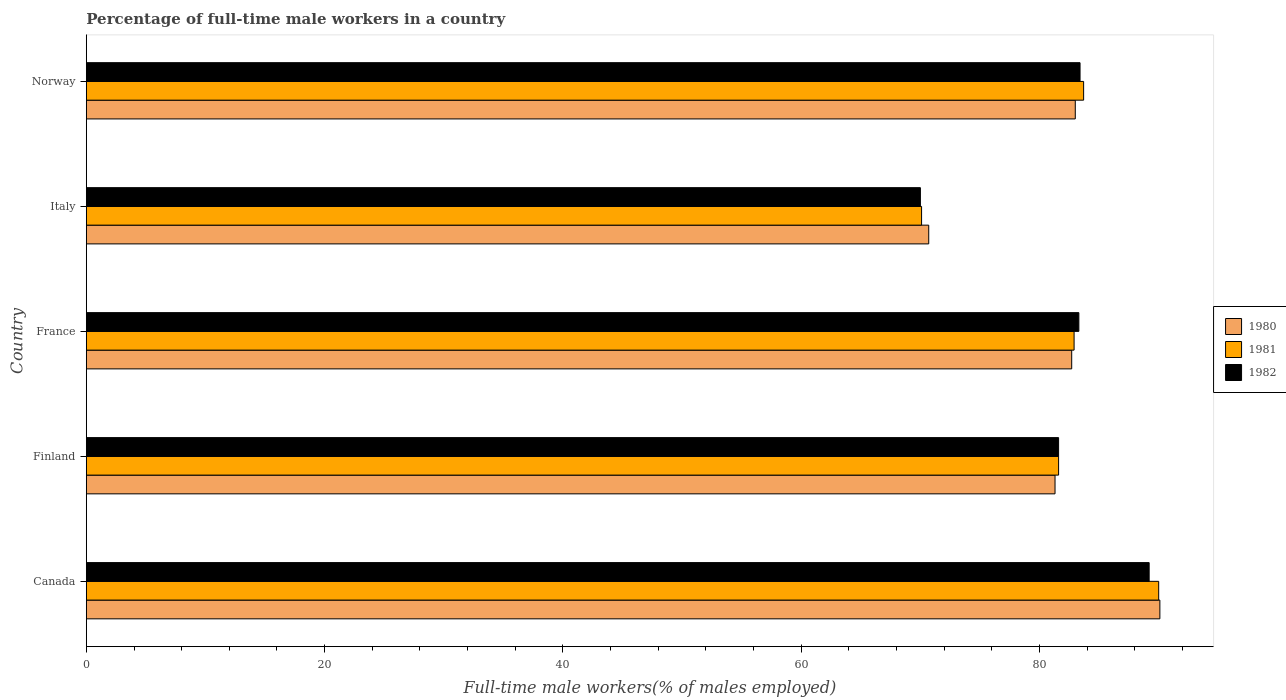
| Country | 1980 | 1981 | 1982 |
 | --- | --- | --- | --- |
 | Canada | 90.1 | 90 | 89.2 |
 | Finland | 81.3 | 81.6 | 81.6 |
 | France | 82.7 | 82.9 | 83.3 |
 | Italy | 70.7 | 70.1 | 70 |
 | Norway | 83 | 83.7 | 83.4 |